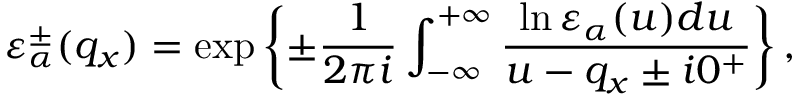
\varepsilon _ { \alpha } ^ { \pm } ( q _ { x } ) = \exp \left\{ \pm \frac { 1 } { 2 \pi i } \int _ { - \infty } ^ { + \infty } { \frac { \ln \varepsilon _ { \alpha } ( u ) d u } { u - q _ { x } \pm i 0 ^ { + } } } \right\} ,